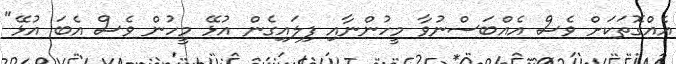
އެއްގޮތަކަށް ވެސް އެއްބަސްނުވާ މީހުންނާއި ފިލައިގެން އުޅޭ މީހުން ވެސް އެބަ އުޅޭ"